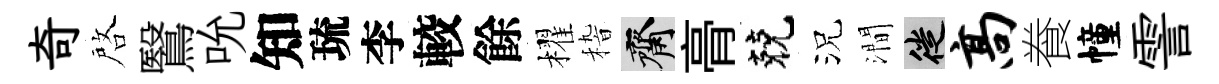
奇啓鷖吮知琉李較餘櫂𥟵齋𮌔兢況澗徙高飬幢霅